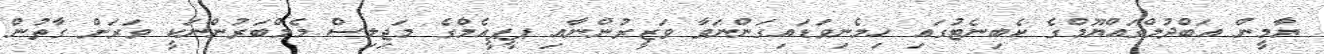
ޔާމީން އަބްދުލްގައްޔޫމްގެ ކެބިނެޓުގައި ހިމެނިވަޑައިގަންނަވާ ވަޒީރުންނާއި ޕީޕީއެމްގެ މަޖިލިސް މެމްބަރުންނަކީ ވަރަށް ގާތުން